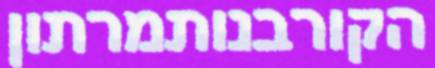
הקורבנותמרתון